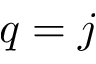
q = j